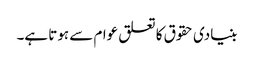
بنیادی حقوق کا تعلق عوام سے ہوتا ہے۔